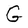
Character: G